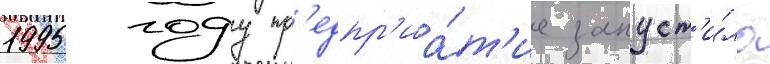
1995 году пр'едпр'иа́т'ие запуст'и́ло